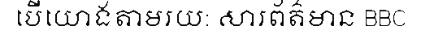
បើយោងតាមរយ: សារព័ត៌មាន BBC